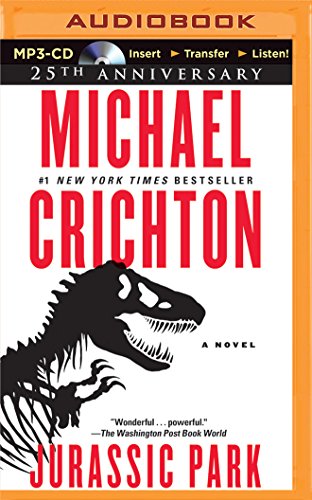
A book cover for Jurassic Park: A Novel; Michael Crichton; Science Fiction & Fantasy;